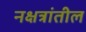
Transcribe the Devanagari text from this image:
नक्षत्रांतील